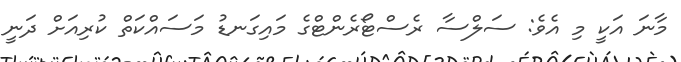
މާނަ އަކީ މި އެވެ: ސަލްސާ ރެސްޓޯރެންޓްގެ މައިގަނޑު މަސައްކަތް ކުރިއަށް ދަނީ